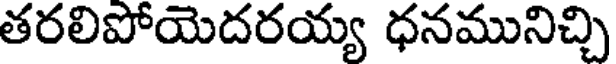
తరలిపోయెదరయ్య ధనమునిచ్చి